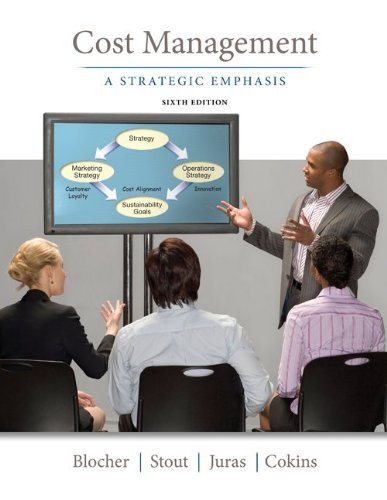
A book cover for Cost Management: A Strategic Emphasis; Edward Blocher; Business & Money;